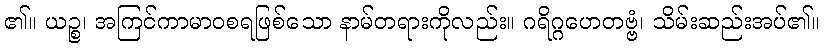
၏။ ယဉ္စ၊ အကြင်ကာမာဝစရဖြစ်သော နာမ်တရားကိုလည်း။ ဂရိဂ္ဂဟေတဗ္ဗံ၊ သိမ်းဆည်းအပ်၏။